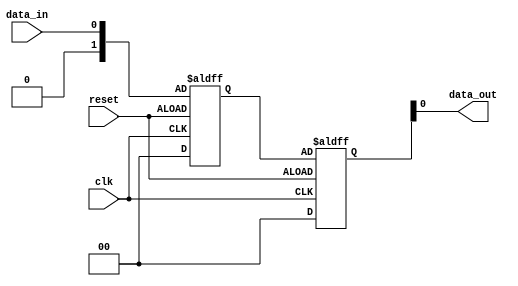
module edge_triggered_latch (
    input wire clk,      // Clock signal
    input wire reset,    // Reset signal
    input wire data_in,  // Input data
    output reg data_out  // Output data
);

// Declare flip-flop reg variables
reg [1:0] ff1, ff2;

// Edge-triggered latch logic
always @ (posedge clk or negedge reset) begin
    if (reset) begin
        // Reset flip-flops
        ff1 <= 2'b0;
        ff2 <= 2'b0;
    end else begin
        // Store input data only on clock edge
        ff1 <= ff2;
        ff2 <= data_in;
    end
end

// Assign output data based on flip-flops
always @* begin
    data_out = ff1;
end

endmodule